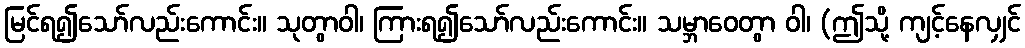
မြင်ရ၍သော်လည်းကောင်း။ သုတွာဝါ၊ ကြားရ၍သော်လည်းကောင်း။ သမ္ဘာဝေတွာ ဝါ၊ (ဤသို့ ကျင့်နေလျှင်